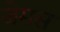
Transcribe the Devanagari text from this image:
जेमस